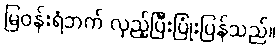
မြဝန်းရံဘက် လှည့်ပြီးပြုံးပြန်သည်။